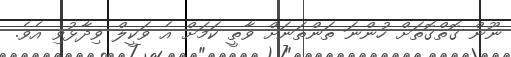
ނޫން ގޮތްގޮތަށް ހުންނަ ތަންތަނަށް ވާތީ ކަމަށް އެ ވަކީލް ވިދާޅުވި އެވެ.